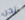
نحن